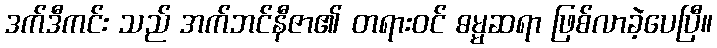
ဒက်ဒီကင်း သည် အက်ဘင်နီဇာ၏ တရားဝင် ဓမ္မဆရာ ဖြစ်လာခဲ့ပေပြီ။